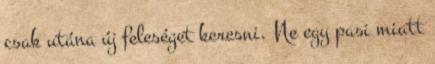
csak utána új feleséget keresni. Ne egy pasi miatt